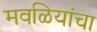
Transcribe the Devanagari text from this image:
मवळियांचा